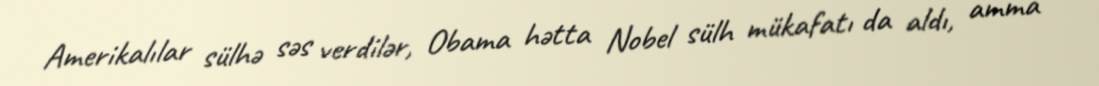
Amerikalılar sülhə səs verdilər, Obama hətta Nobel sülh mükafatı da aldı, amma